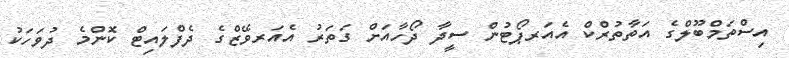
އިސްތަމްބޫލްގެ އަތާތުރްކް އެއަރޕޯޓުން ސީދާ ދޯހާއަށް ގަތަރު އެއަރވޭޒްގެ ދެފްލައިޓް ކޮންމެ ދުވަހަކު